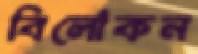
বিলোকন